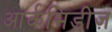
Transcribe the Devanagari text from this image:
आर्कमिडीज़